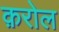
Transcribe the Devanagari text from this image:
क़रोल